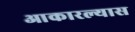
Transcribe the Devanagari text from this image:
आकारल्यास